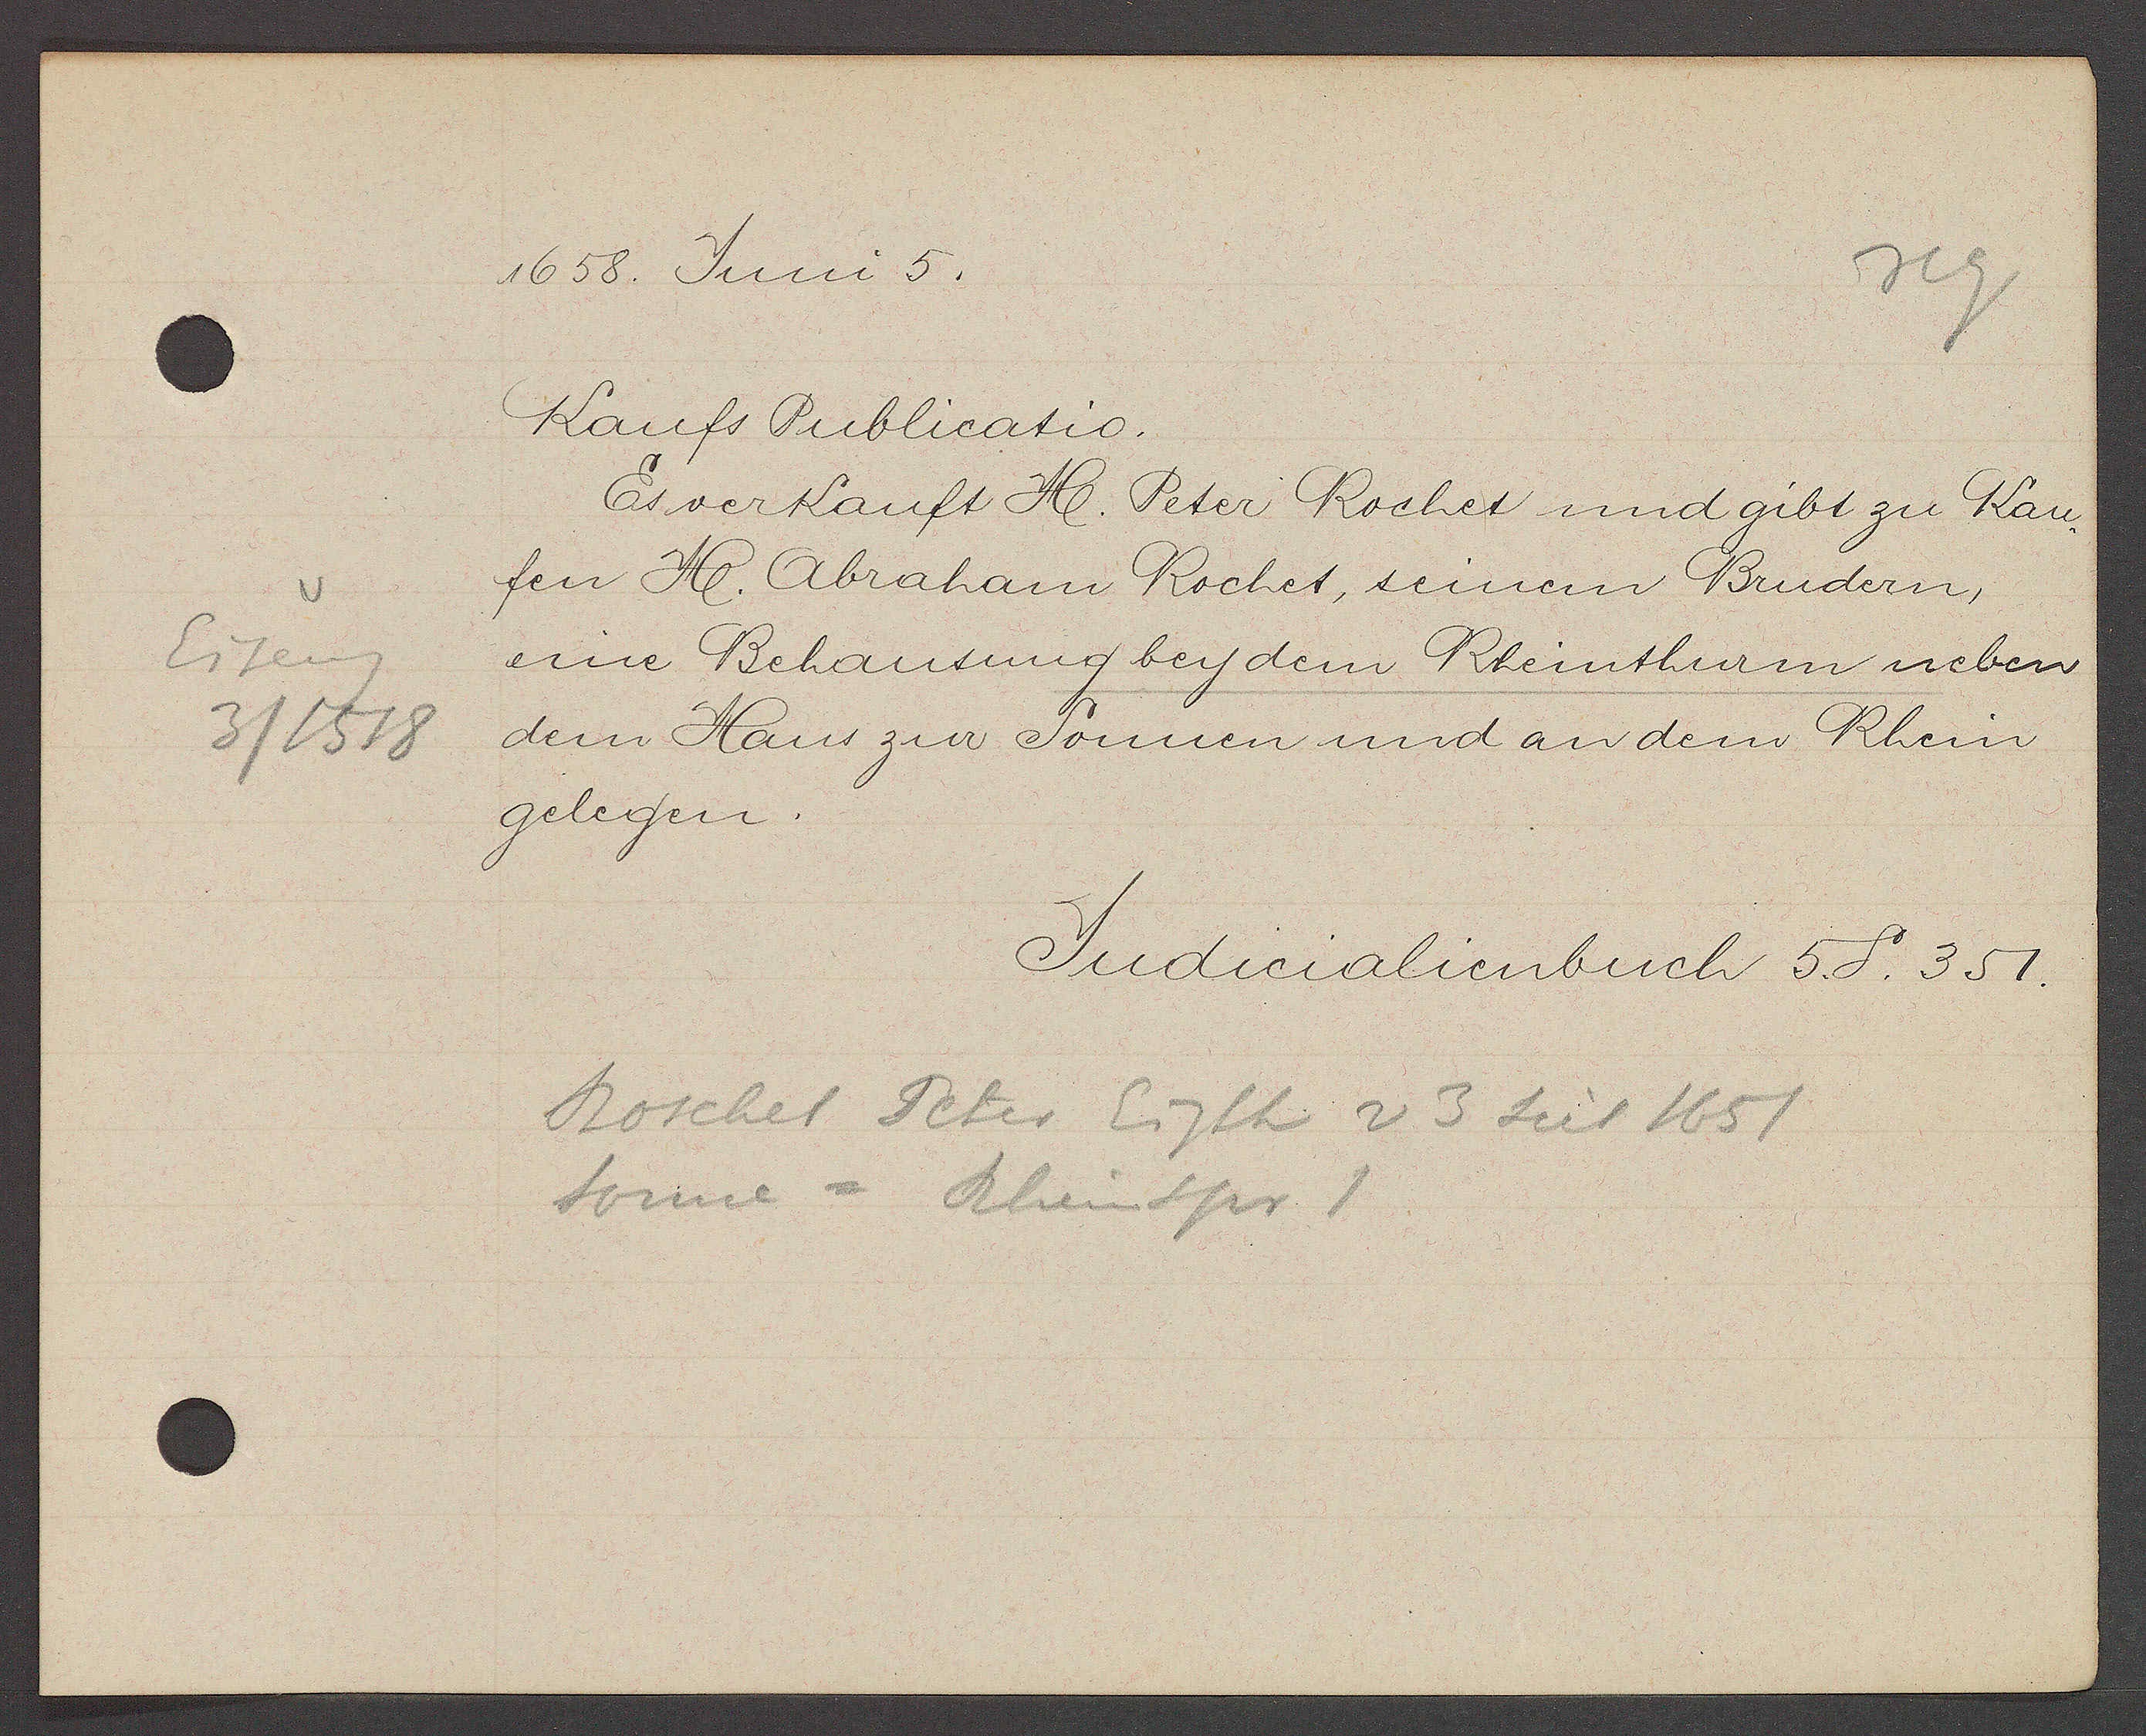
Transcript:
Eiseng
3 / 1518

1658 Juni 5.
Kaufs Publicatio.
Es verkauft Ħ. Peter Rochet und gibt zu Kau-
fen Ħ. Abraham Rochet, seinem Brudern,
eine Behausung bey dem Rheinthurm neben
dem Haus zur Sonnen und an dem Rhein
gelegen.
Judicalienbuch 5. S. 351
Roschet Peter Eigth v 3 seit 1651.
Sonne = Reinspr 1